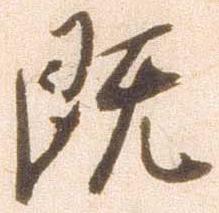
既